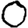
Digit: 0